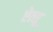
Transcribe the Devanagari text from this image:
ऐत्सू